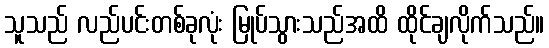
သူသည် လည်ပင်းတစ်ခုလုံး မြုပ်သွားသည်အထိ ထိုင်ချလိုက်သည်။